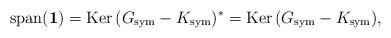
LaTeX: \begin{align*} \mathrm{span}( \mathbf{1} ) = \mathrm{Ker} \, (G_{\rm sym} - K_{\rm sym})^\ast = \mathrm{Ker} \, (G_{\rm sym} - K_{\rm sym}),\end{align*}